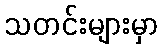
သတင်းများမှာ